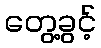
တွေ့ခွင့်